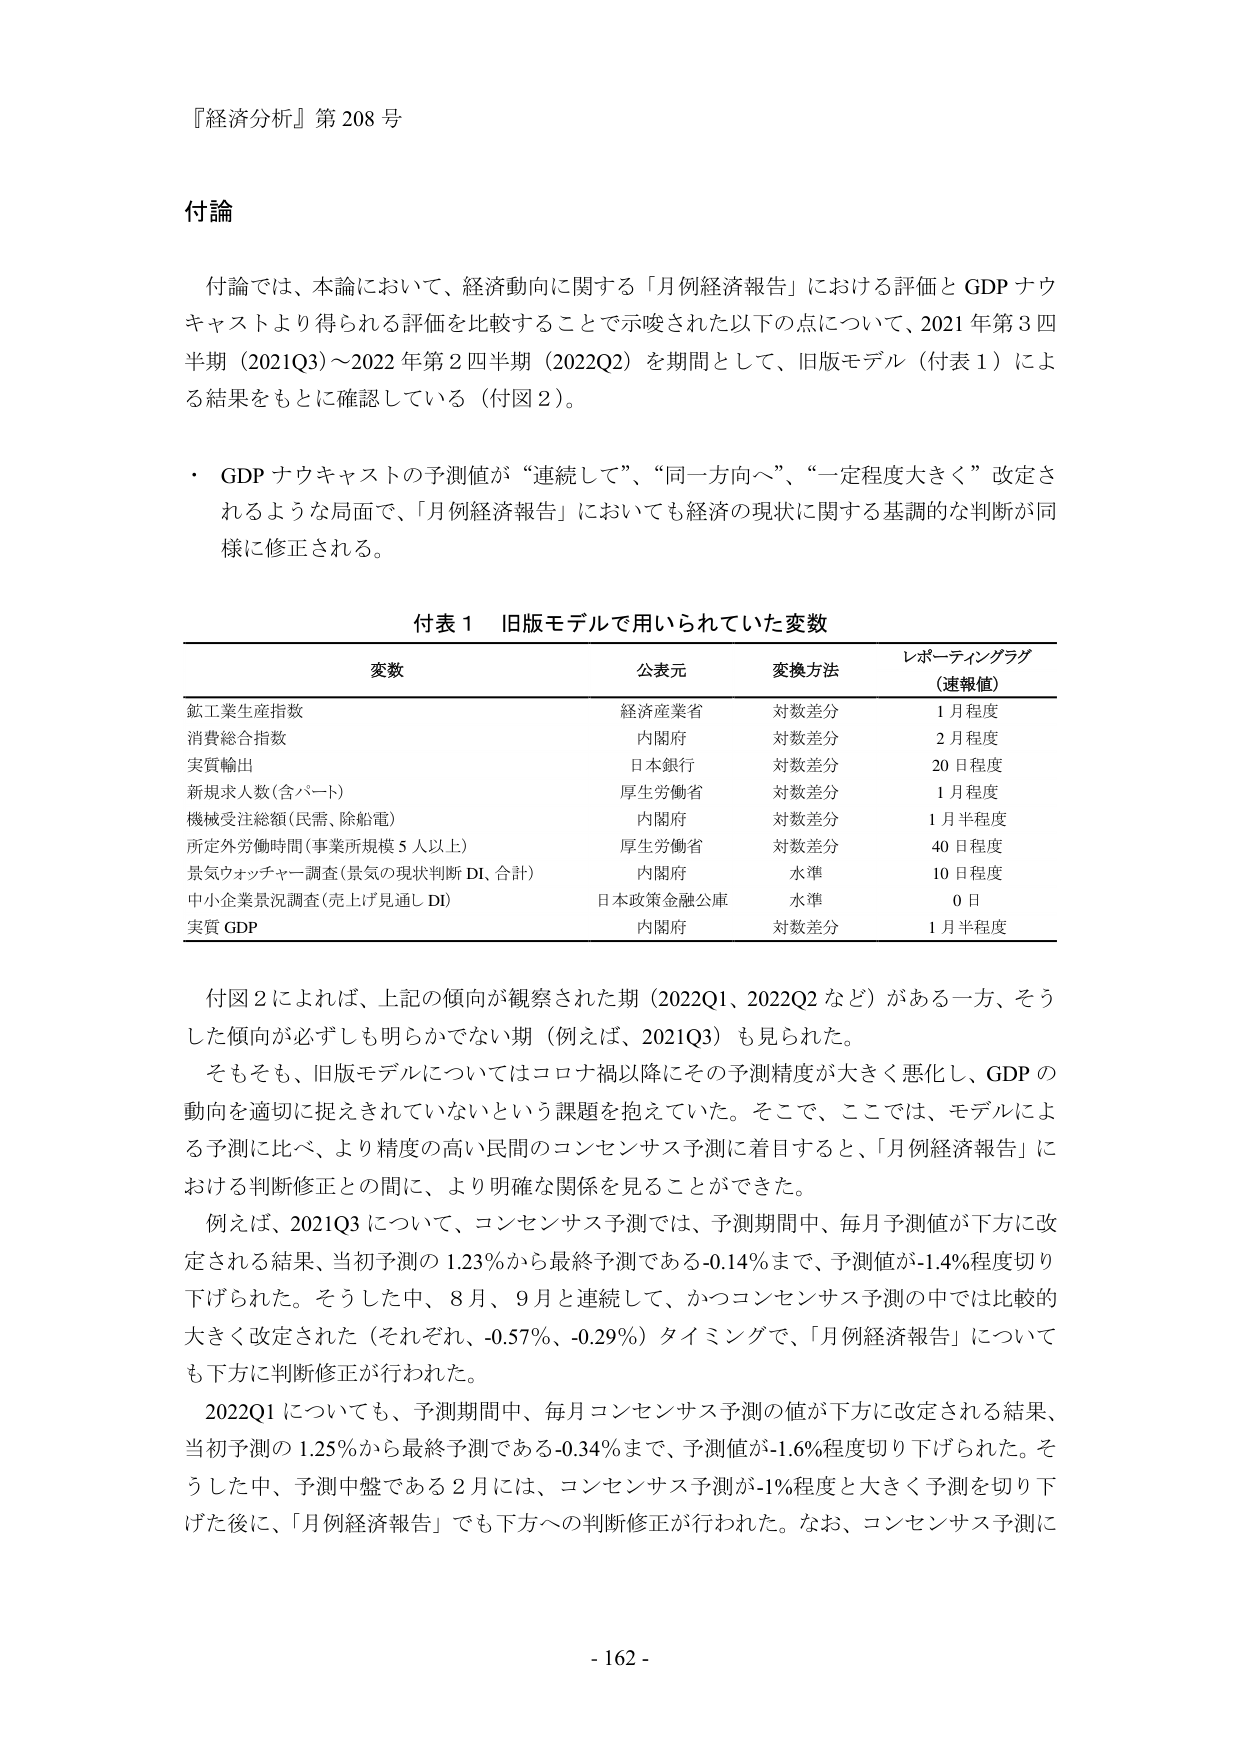
『経済分析』第 208 号

付論

付論では、本論において、経済動向に関する「月例経済報告」における評価と GDP ナウキャストより得られる評価を比較することで示唆された以下の点について、2021 年第 3 四半期（2021Q3）～2022 年第 2 四半期（2022Q2）を期間として、旧版モデル（付表 1）による結果をもとに確認している（付図 2）。

・ GDP ナウキャストの予測値が“連続して”、“同一方向へ”、“一定程度大きく”改定されるような局面で、「月例経済報告」においても経済の現状に関する基調的な判断が同様に修正される。

付表 1 旧版モデルで用いられていた変数

変数　　　　　　　　　　　公表元　　　　　変換方法　　　　　レポーティングラグ（速報値）

鉱工業生産指数　　　　　　経済産業省　　　対数差分　　　　　1 月程度
消費総合指数　　　　　　内閣府　　　　　対数差分　　　　　2 月程度
実質輸出　　　　　　　　日本銀行　　　　対数差分　　　　　20 日程度
新規求人数（含パート）　厚生労働省　　　対数差分　　　　　1 月程度
機械受注総額（民需、除船電）　内閣府　　　対数差分　　　　　1 月半程度
所定外労働時間（事業所規模 5 人以上）　厚生労働省　対数差分　　　　　40 日程度
景気ウォッチャー調査（景気の現状判断 DI、合計）　内閣府　水準　　　　　10 日程度
中小企業景況調査（売上げ見通し DI）　日本政策金融公庫　水準　　　　　0 日
実質 GDP　　　　　　　　内閣府　　　　　対数差分　　　　　1 月半程度

付図 2 によれば、上記の傾向が観察された期（2022Q1、2022Q2 など）がある一方、そうした傾向が必ずしも明らかでない期（例えば、2021Q3）も見られた。

そもそも、旧版モデルについてはコロナ禍以降にその予測精度が大きく悪化し、GDP の動向を適切に捉えきれていないという課題を抱えていた。そこで、ここでは、モデルによる予測に比べ、より精度の高い民間のコンセンサス予測に着目すると、「月例経済報告」における判断修正との間に、より明確な関係を見ることができた。

例えば、2021Q3 について、コンセンサス予測では、予測期間中、毎月予測値が下方に改定される結果、当初予測の 1.23％から最終予測である-0.14％まで、予測値が-1.4％程度切り下げられた。そうした中、8月、9月と連続して、かつコンセンサス予測の中では比較的大きく改定された（それぞれ、-0.57％、-0.29％）タイミングで、「月例経済報告」についても下方への判断修正が行われた。

2022Q1 についても、予測期間中、毎月コンセンサス予測の値が下方に改定される結果、当初予測の 1.25％から最終予測である-0.34％まで、予測値が-1.6％程度切り下げられた。そうした中、予測中盤である 2 月には、コンセンサス予測が-1％程度と大きく予測を切り下げた後に、「月例経済報告」でも下方への判断修正が行われた。なお、コンセンサス予測に

- 162 -